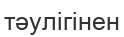
тәулігінен